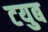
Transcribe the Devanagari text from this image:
टयुब